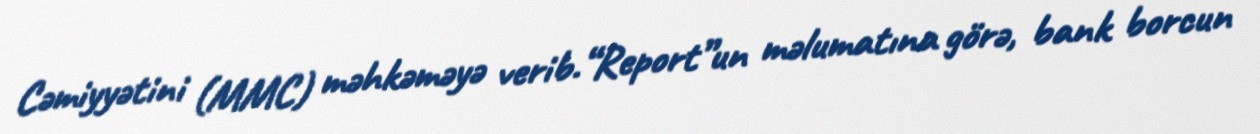
Cəmiyyətini (MMC) məhkəməyə verib.“Report”un məlumatına görə, bank borcun